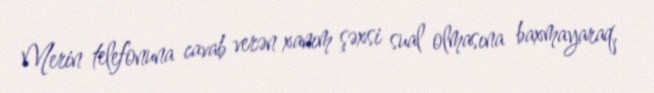
Merin telefonuna cavab verən xanım şəxsi sual olmasına baxmayaraq,